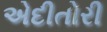
એદીતોરી